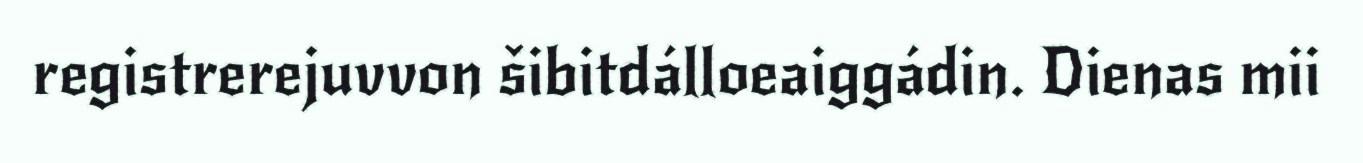
registrerejuvvon šibitdálloeaiggádin. Dienas mii